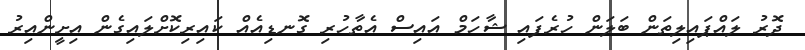
ދޮރު ލައްޕައިލިތަން ބަލަން ހުރެފައި ޝާހަމް އައިސް އެތާހުރި ގޮނޑިއެއް ކައިރިކޮށްލައިގެން އިށީންއިރު